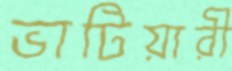
ভাটিয়ারী